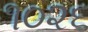
૧૦૨૬